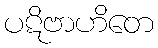
ပဋိဗာဟိတေ